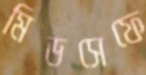
মিডসেফে